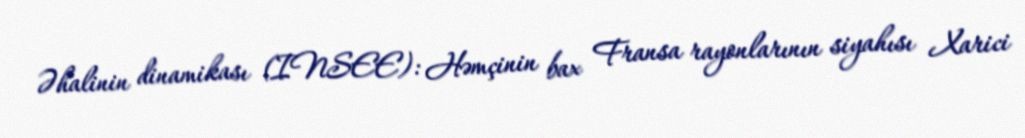
Əhalinin dinamikası (INSEE): Həmçinin bax Fransa rayonlarının siyahısı Xarici